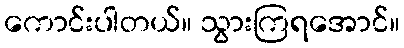
ကောင်းပါတယ်။ သွားကြရအောင်။